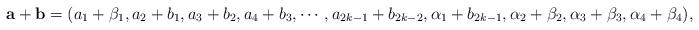
LaTeX: \begin{align*}\mathbf{a}+\mathbf{b}=(a_1+\beta_1,a_2+b_1,a_3+b_2,a_4+b_3,\cdots,a_{2k-1}+b_{2k-2},\alpha_1+b_{2k-1},\alpha_2+\beta_2,\alpha_3+\beta_3,\alpha_4+\beta_4),\end{align*}